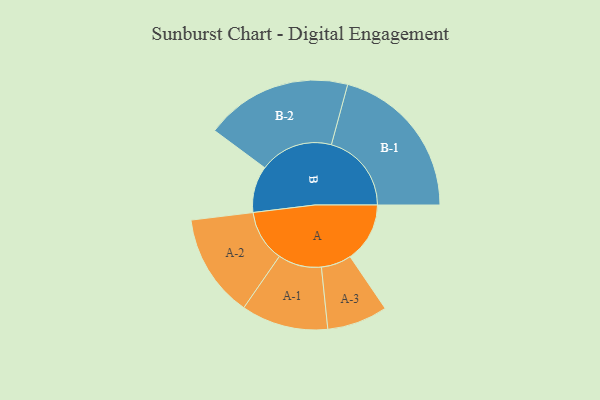
{"axis": {"x": "Segment", "y": "Value"}, "legend": ["", "A", "B"], "data": [{"x": "A", "y": 217, "type": ""}, {"x": "B", "y": 169, "type": ""}, {"x": "A-1", "y": 158, "type": "A"}, {"x": "A-2", "y": 188, "type": "A"}, {"x": "A-3", "y": 110, "type": "A"}, {"x": "B-1", "y": 291, "type": "B"}, {"x": "B-2", "y": 267, "type": "B"}]}